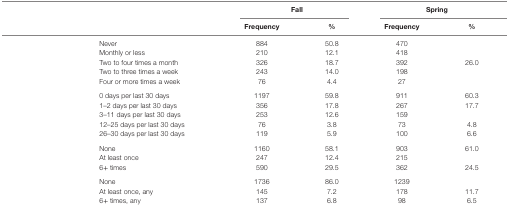
<table><thead><tr><td rowspan="2">[EMPTY_CELL]</td><td rowspan="2">[EMPTY_CELL]</td><td colspan="2"><b>Fall</b></td><td colspan="2"><b>Spring</b></td></tr><tr><td><b>Frequency</b></td><td><b>%</b></td><td><b>Frequency</b></td><td><b>%</b></td></tr></thead><tbody><tr><td>[EMPTY_CELL]</td><td>Never</td><td>884</td><td>50.8</td><td>470</td><td>[EMPTY_CELL]</td></tr><tr><td>[EMPTY_CELL]</td><td>Monthly or less</td><td>210</td><td>12.1</td><td>418</td><td>[EMPTY_CELL]</td></tr><tr><td>[EMPTY_CELL]</td><td>Two to four times a month</td><td>326</td><td>18.7</td><td>392</td><td>26.0</td></tr><tr><td>[EMPTY_CELL]</td><td>Two to three times a week</td><td>243</td><td>14.0</td><td>198</td><td>[EMPTY_CELL]</td></tr><tr><td>[EMPTY_CELL]</td><td>Four or more times a week</td><td>76</td><td>4.4</td><td>27</td><td>[EMPTY_CELL]</td></tr><tr><td>[EMPTY_CELL]</td><td>0 days per last 30 days</td><td>1197</td><td>59.8</td><td>911</td><td>60.3</td></tr><tr><td>[EMPTY_CELL]</td><td>1–2 days per last 30 days</td><td>356</td><td>17.8</td><td>267</td><td>17.7</td></tr><tr><td>[EMPTY_CELL]</td><td>3–11 days per last 30 days</td><td>253</td><td>12.6</td><td>159</td><td>[EMPTY_CELL]</td></tr><tr><td>[EMPTY_CELL]</td><td>12–25 days per last 30 days</td><td>76</td><td>3.8</td><td>73</td><td>4.8</td></tr><tr><td>[EMPTY_CELL]</td><td>26–30 days per last 30 days</td><td>119</td><td>5.9</td><td>100</td><td>6.6</td></tr><tr><td>[EMPTY_CELL]</td><td>None</td><td>1160</td><td>58.1</td><td>903</td><td>61.0</td></tr><tr><td>[EMPTY_CELL]</td><td>At least once</td><td>247</td><td>12.4</td><td>215</td><td>[EMPTY_CELL]</td></tr><tr><td>[EMPTY_CELL]</td><td>6+ times</td><td>590</td><td>29.5</td><td>362</td><td>24.5</td></tr><tr><td>[EMPTY_CELL]</td><td>None</td><td>1736</td><td>86.0</td><td>1239</td><td>[EMPTY_CELL]</td></tr><tr><td>[EMPTY_CELL]</td><td>At least once, any</td><td>145</td><td>7.2</td><td>178</td><td>11.7</td></tr><tr><td>[EMPTY_CELL]</td><td>6+ times, any</td><td>137</td><td>6.8</td><td>98</td><td>6.5</td></tr></tbody></table>